Vaccination United Provinces of Agra and Oudh 1902-1913 - 1902-1913
Year: 1902
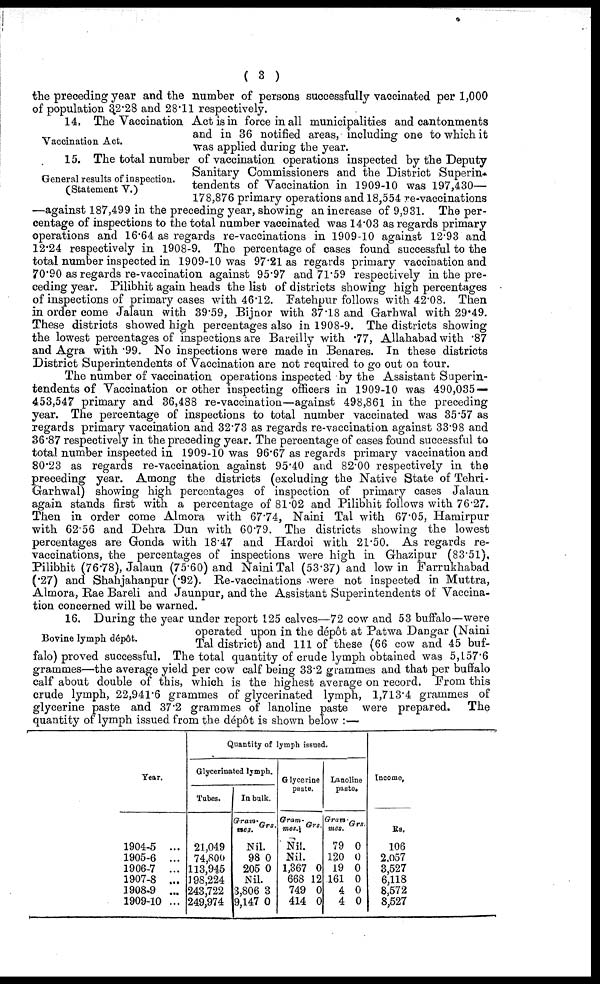
( 3 )
the preceding year and the number of persons successfully vaccinated per 1,000
of population 32.28 and 28.11 respectively.
Vaccination Act.
14. The Vaccination Act is in force in all municipalities and cantonments
and in 36 notified areas, including one to which it
was applied during the year.
General results of inspection.
(Statement V.)
15. The total number of vaccination operations inspected by the Deputy
Sanitary Commissioners and the District Superin-
tendents of Vaccination in 1909-10 was 197,430—
178,876 primary operations and 18,554 re-vaccinations
—against 187,499 in the preceding year, showing an increase of 9,931. The per-
centage of inspections to the total number vaccinated was 14.03 as regards primary
operations and 16.64 as regards re-vaccinations in 1909-10 against 12.93 and
12.24 respectively in 1908-9. The percentage of cases found successful to the
total number inspected in 1909-10 was 97.21 as regards primary vaccination and
70.90 as regards re-vaccination against 95.97 and 71.59 respectively in the pre-
ceding year. Pilibhit again heads the list of districts showing high percentages
of inspections of primary cases with 46.12. Fatehpur follows with 42.08. Then
in order come Jalaun with 39.59, Bijnor with 37.18 and Garhwal with 29.49.
These districts showed high percentages also in 1908-9. The districts showing
the lowest percentages of inspections are Bareilly with .77, Allahabad with .87
and Agra with .99. No inspections were made in Benares. In these districts
District Superintendents of vaccination are not required to go out on tour.
The number of vaccination operations inspected by the Assistant Superin-
tendents of Vaccination or other inspecting officers in 1909-10 was 490,035 —
453,547 primary and 36,488 re-vaccination—against 498,861 in the preceding
year. The percentage of inspections to total number vaccinated was 35.57 as
regards primary vaccination and 32.73 as regards re-vaccination against 33.98 and
36.87 respectively in the preceding year. The percentage of cases found successful to
total number inspected in 1909-10 was 96.67 as regards primary vaccination and
80.23 as regards re-vaccination against 95.40 and 82.00 respectively in the
preceding year. Among the districts (excluding the Native State of Tehri-
Garhwal) showing high percentages of inspection of primary cases Jalaun
again stands first with a percentage of 81.02 and Pilibhit follows with 76.27.
Then in order come Almora with 67.74, Naini Tal with 67.05, Hamirpur
with 62.56 and Dehra Dun with 60.79. The districts showing the lowest
percentages are Gonda with 18.47 and Hardoi with 21.50. As regards re-
vaccinations, the percentages of inspections were high in Ghazipur (83.51),
Pilibhit (76.78), Jalaun (75.60) and Naini Tal (53.37) and low in Farrukhabad
(.27) and Shahjahanpur (.92). Re-vaccinations were not inspected in Muttra,
Almora, Rae Bareli and Jaunpur, and the Assistant Superintendents of Vaccina-
tion concerned will be warned.
Bovine lymph dépôt.
16. During the year under report 125 calves—72 cow and 53 buffalo—were
operated upon in the depôt at Patwa Dangar (Naini
Tal district) and 111 of these (66 cow and 45 buf-
falo) proved successful. The total quantity of crude lymph obtained was 5,157.6
grammes—the average yield per cow calf being 33.2 grammes and that per buffalo
calf about double of this, which is the highest average on record. From this
crude lymph, 22,941.6 grammes of glycerinated lymph, 1,713.4 grammes of
glycerine paste and 37.2 grammes of lanoline paste were prepared.
The
quantity of lymph issued from the dépôt is shown below :—
Year.
1904-5 ...
1905-6 ...
1906-7 ...
1907-8 ...
1908-9 ...
1909-10 ...
Quantity of lymph issued.
Glycerinated lymph.
Tubes.
21,049
74,800
113,945
198,224
243,722
249,974
In bulk.
Gram-
mes. Grs.
Nil.
98
205
0
0
Nil.
3,806
9,147
3
0
Glycerine
paste.
Gram-
mes. Grs.
Nil.
Nil.
1,367
668
749
414
0
12
0
0
Lanoline
paste.
Gram-
mes.
79
120
19
161
4
4
Grs.
0
0
0
0
0
0
Income.
Rs.
106
2,057
3,527
6,118
8,572
8,527